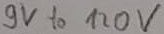
Text: 9V to 120V